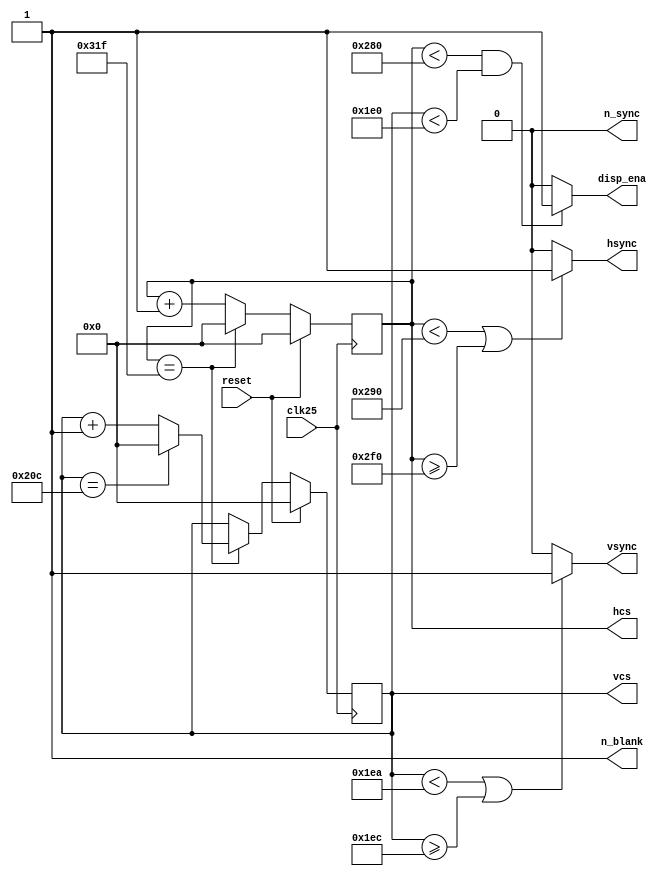
/*module vga_controller(
input clk,resetn,
output reg [8:0]pixel_row,
output reg [9:0]pixel_col,
output reg VGA_VS,VGA_HS,colour_enable
);

parameter
		HORIZ_PIXELS = 640,  HCNT_MAX  = 800, 		
		HSYNC_START  = 656,  HSYNC_END = 752,

		VERT_PIXELS  = 480,  VCNT_MAX  = 525,
		VSYNC_START  = 490,  VSYNC_END = 492;

always@(posedge clk)
begin
		if(!resetn)begin
			pixel_col<=0;
			pixel_row<=0;
			colour_enable<=0;
			VGA_VS<=0;
			VGA_HS<=0;
		end else begin
			if(pixel_col==HCNT_MAX)
				pixel_col<=10'd0;
			else pixel_col<=pixel_col+1'd1;
			
			if((pixel_col>=HCNT_MAX)&&(pixel_row>=VCNT_MAX))
				pixel_row<=9'd0;
			else if (pixel_col==HCNT_MAX)
				pixel_row<=pixel_row+1'd1;
		
			VGA_HS <= ~((pixel_col >= HSYNC_START) && (pixel_col <= HSYNC_END));
			VGA_VS <= ~((pixel_row >= VSYNC_START) && (pixel_row <= VSYNC_END));	
			colour_enable <= ((pixel_col < HORIZ_PIXELS) && (pixel_row < VERT_PIXELS));
		end
end

endmodule*/

module vga_controller(clk25,reset,hcs,vcs,vsync,hsync,disp_ena,n_blank,n_sync);
input clk25,reset;
output hsync,vsync,disp_ena;
output reg [9:0] hcs,vcs;
output wire n_blank,n_sync;
//wire [9:0] h_period,v_period;

localparam h_period =10'b1100100000; //h_period = hpixels + hfp + hpulse + hbp = 640+16+96+48=800
localparam v_period =10'b1000001101; //v_period = hpixels + hfp + hpulse + hbp = 480+10+2+33 = 525

assign n_blank = 1'b1;  //no direct blanking
assign n_sync = 1'b0;   //no sync on green
//counter
always @(posedge clk25)
begin
	if (reset == 1)
	begin
		hcs <= 10'd0;
		vcs <= 10'd0;
	end
	else 
		if(hcs == h_period - 1)
			begin
				hcs <= 10'd0;
				if(vcs == v_period - 10'd1)
					vcs <= 10'd0;
				else
					vcs <= vcs + 10'd1;
			end
		else
			begin
			hcs <= hcs + 10'd1;
			end
end
//horizontal sync
assign hsync = ((hcs < 656)||(hcs >= 752))?1:0;//hsync = ((hcs < hpixels + hfp)||(hcs >= hpixels + hfp + hpulse))?1:0
//vertical sync
assign vsync = ((vcs < 490)||(vcs >= 492))?1:0;//vsync = ((vcs < vpixels + hfp)||(vcs >= vpixels + vfp + vpulse))?1:0
//set display
assign disp_ena = (hcs < 640)&&(vcs < 480)?1:0;//disp_ena = (hcs < hpixels)&&(vcs < vpixels)?1:0
endmodule